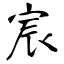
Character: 宸